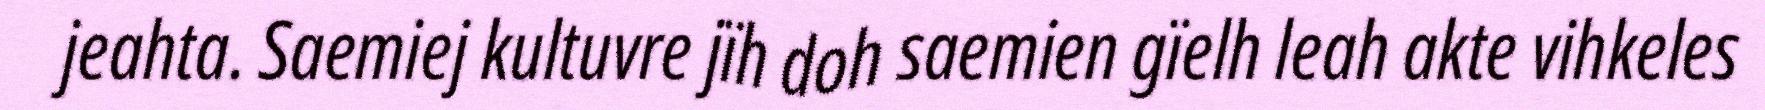
jeahta. Saemiej kultuvre jïh doh saemien gïelh leah akte vihkeles